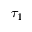
\tau _ { 1 }